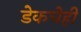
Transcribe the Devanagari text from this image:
डेकचेही